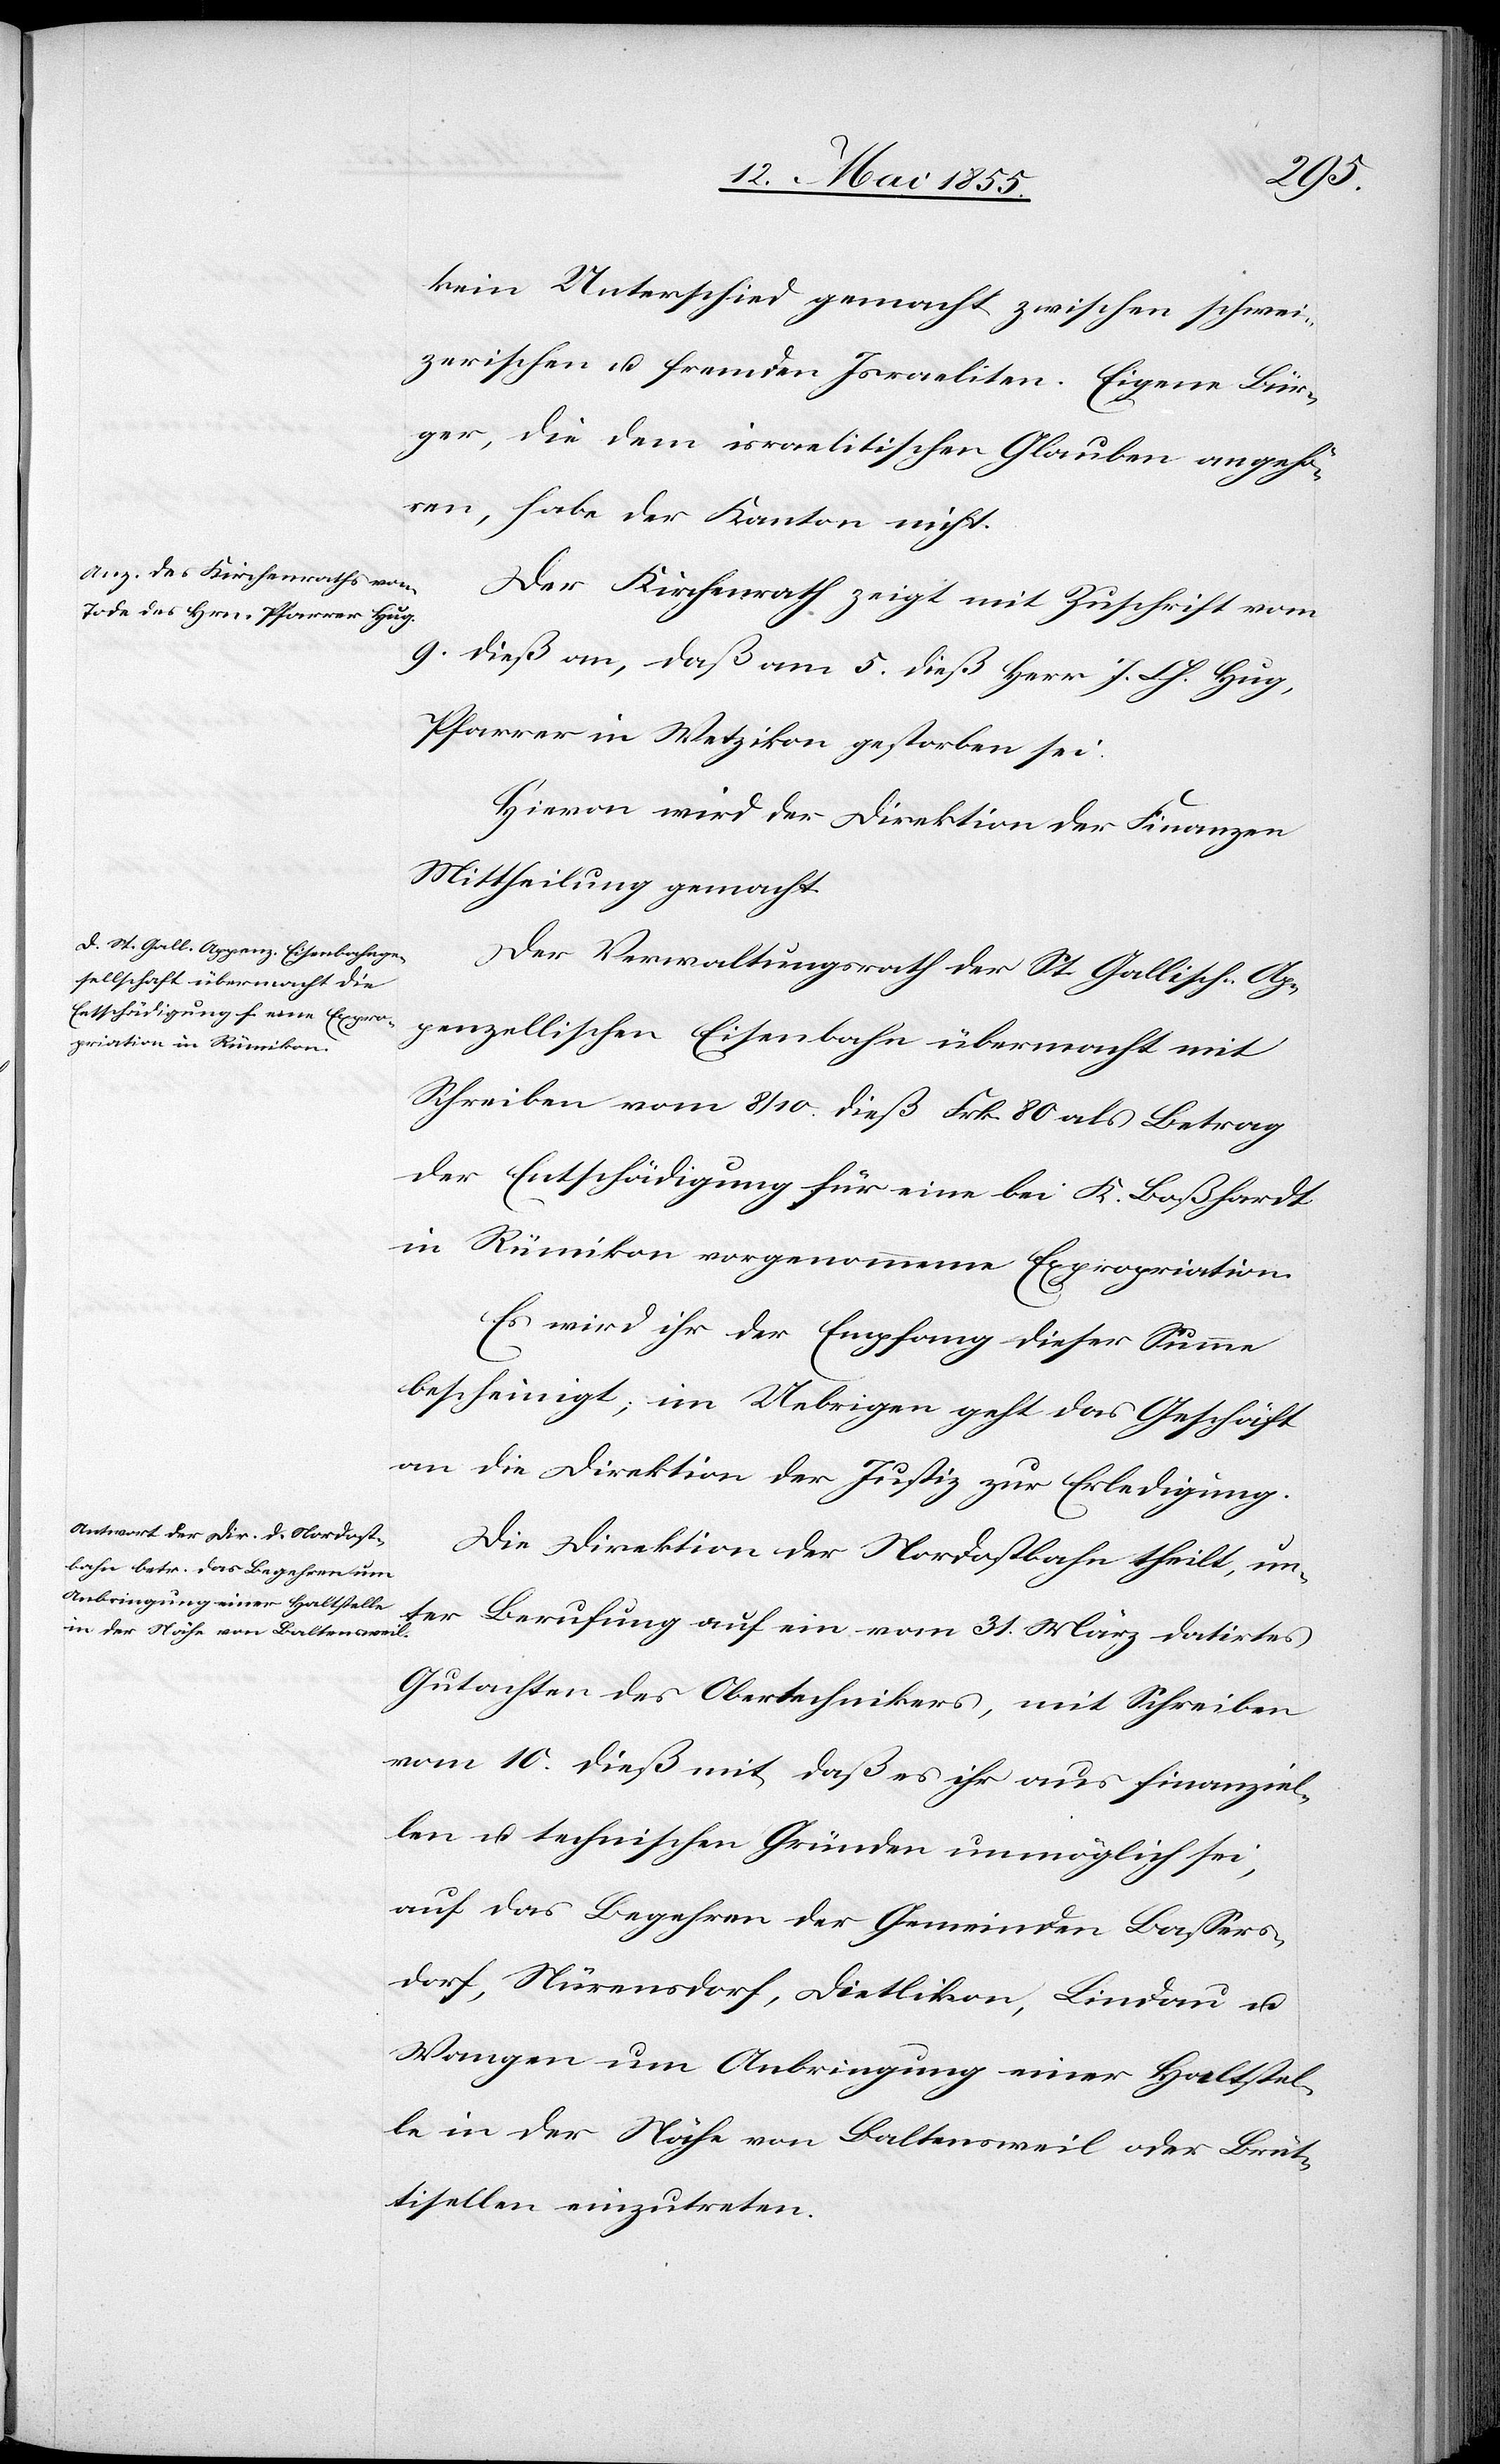
kein Unterschied gemacht zwischen schwei¬
zerischen u. fremden Israeliten. Eigene Bür¬
ger, die dem israelitischen Glauben angehö¬
ren, habe der Kanton nicht.
Der Kirchenrath zeigt mit Zuschrift vom
9. dieß an, daß am 5. dieß Herr J. Ch. Hug,
Pfarrer in Wetzikon gestorben sei.
Hievon wird der Direktion der Finanzen
Mittheilung gemacht.
Der Verwaltungsrath der St. Gallisch-Ap¬
penzellischen Eisenbahn übermacht mit
Schreiben vom 8 / 10. dieß Frk. 80 als Betrag
der Entschädigung für eine bei K. Boßhardt
in Rümikon vorgenommene Expropriation.
Es wird ihr der Empfang dieser Summe
bescheinigt; im Uebrigen geht das Geschäft
an die Direktion der Justiz zur Erledigung.
Die Direktion der Nordostbahn theilt, un¬
ter Berufung auf ein vom 31. März datirtes
Gutachten des Obertechnikers, mit Schreiben
vom 10. dieß mit, daß es ihr aus finanziel¬
len u. technischen Gründen unmöglich sei,
auf das Begehren der Gemeinden Bassers¬
dorf, Nürensdorf, Dietlikon, Lindau u.
Wangen um Anbringung einer Haltstel¬
le in der Nähe von Baltensweil oder Brüt¬
tisellen einzutreten.